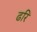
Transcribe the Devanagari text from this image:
ढरि